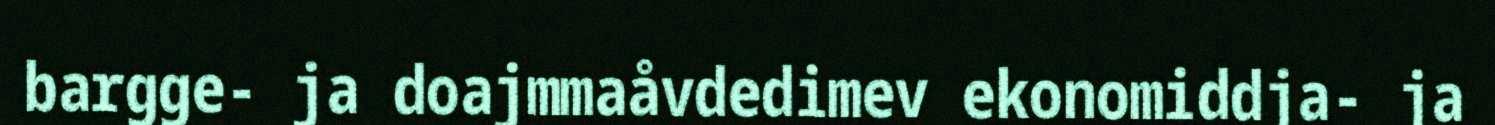
bargge- ja doajmmaåvdedimev ekonomiddja- ja